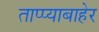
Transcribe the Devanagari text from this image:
ताप्प्याबाहेर